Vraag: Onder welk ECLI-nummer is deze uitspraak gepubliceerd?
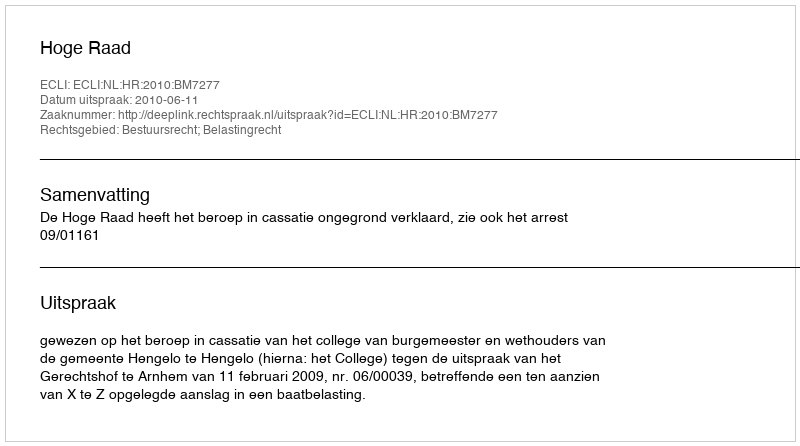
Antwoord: ECLI:NL:HR:2010:BM7277